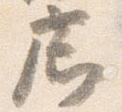
廊